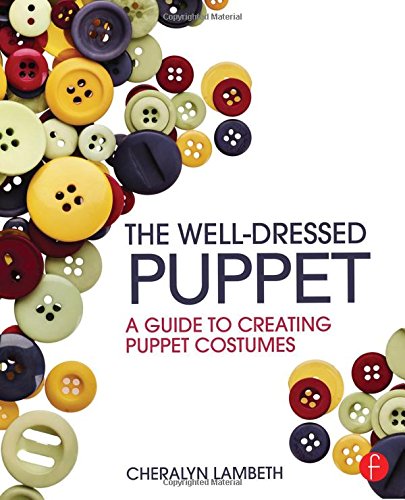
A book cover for The Well-Dressed Puppet: A Guide to Creating Puppet Costumes; Cheralyn Lambeth; Crafts, Hobbies & Home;